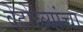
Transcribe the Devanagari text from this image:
वेटोळ्यांचा